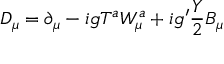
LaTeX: D _ { \mu } = \partial _ { \mu } - i g T ^ { a } W _ { \mu } ^ { a } + i g ^ { \prime } \frac { Y } { 2 } B _ { \mu }